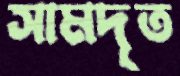
সামদৃত